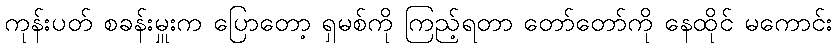
ကုန်းပတ် စခန်းမှူးက ပြောတော့ ရှမစ်ကို ကြည့်ရတာ တော်တော်ကို နေထိုင် မကောင်း